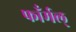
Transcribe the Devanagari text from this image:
फाँर्मल्